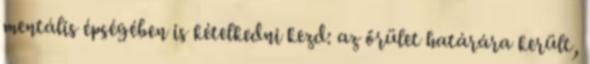
mentális épségében is kételkedni kezd: az őrület határára került,